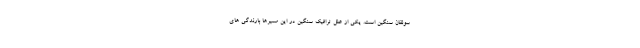
سولقان سنگین است. یکی از علل ترافیک سنگین در این مسیرها بارندگی های